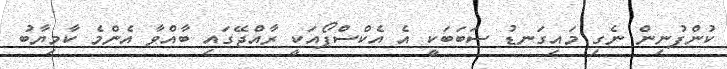
ކުންފުނިން ނެގި މައިގަނޑު ސަބަބަކީ އެ އެކްސްޕޯއަކީ ރާއްޖޭގައި ބާއްވާ އެންމެ ކާމިޔާބު